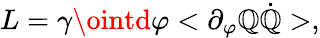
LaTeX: L=\gamma\ointd\varphi<\partial_{\varphi}\mathbb{Q}\dot{{\mathbb{Q}}}>,